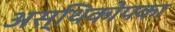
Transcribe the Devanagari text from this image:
अस्थिकोपका